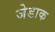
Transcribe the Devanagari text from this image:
जेडाक